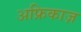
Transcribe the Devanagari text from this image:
अफ्रिकाज़